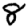
Digit: 8